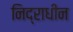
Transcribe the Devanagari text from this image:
निद्राधीन